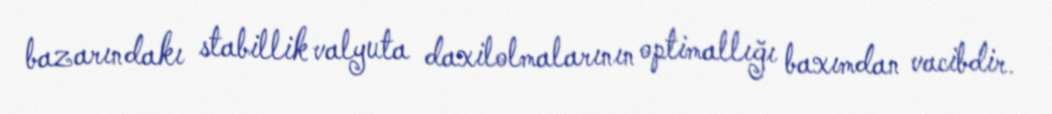
bazarındakı stabillik valyuta daxilolmalarının optimallığı baxımdan vacibdir.